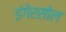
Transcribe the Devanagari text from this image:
इंगेरसोल